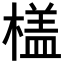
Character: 𣙥